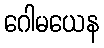
ဂေါမယေန